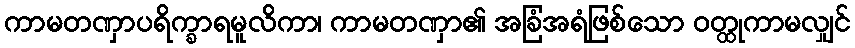
ကာမတဏှာပရိက္ခာရမူလိကာ၊ ကာမတဏှာ၏ အခြံအရံဖြစ်သော ဝတ္ထုကာမလျှင်